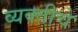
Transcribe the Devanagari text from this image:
व्यक्‍तीचे